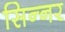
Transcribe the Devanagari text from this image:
सिन्‍नर